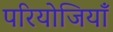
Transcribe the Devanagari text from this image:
परियोजियाँ